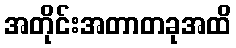
အတိုင်းအတာတခုအထိ